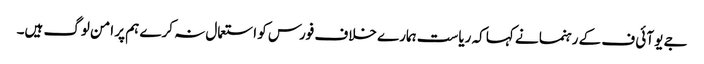
جے یو آئی ف کے رہنما نے کہا کہ ریاست ہمارے خلاف فورس کو استعمال نہ کرے ہم پر امن لوگ ہیں۔